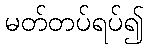
မတ်တပ်ရပ်၍